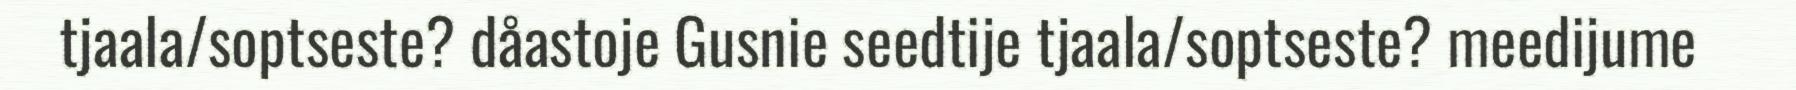
tjaala/soptseste? dåastoje Gusnie seedtije tjaala/soptseste? meedijume